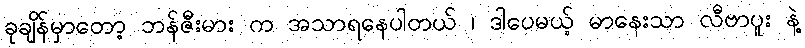
ခုချိန်မှာတော့ ဘန်ဇီးမား က အသာရနေပါတယ် ၊ ဒါပေမယ့် မာနေးသာ လီဗာပူး နဲ့